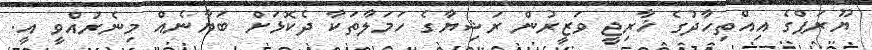
ޔޫރަޕްގެ އިއްތިހާދުގެ ޚާރިޖީ ވަޒީރުން ރަޝިޔާގެ ހަމަލާތަކާ ދެކޮޅަށް ބަޔާނެއް މިނެރުއްވީ އީ.